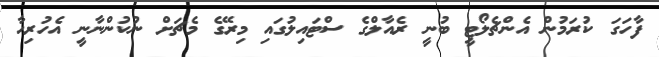
ފާހަގަ ކުރަމުން އެންޗެލޯޓީ ބުނީ ރެއާލްގެ ސްޓައިލުގައި މިރޭގެ މެޗަށް ނުކުންނާނީ އެހުރިހާ